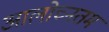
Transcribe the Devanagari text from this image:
आलोच्नतम